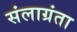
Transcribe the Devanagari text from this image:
संलाग्रंता